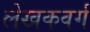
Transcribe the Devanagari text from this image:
लेखकवर्ग